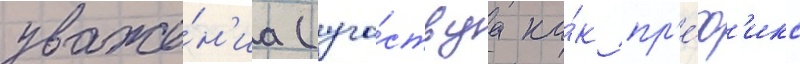
уваже́н'иа (уча́ствуа ка́к пр'е́ф'икс